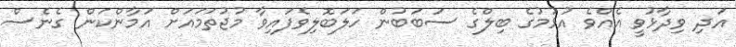
އަދި ވިދާޅުވީ އެއްވެ އުޅުމުގެ ބިލްގެ ސަބަބުން ހަލަބޮލިވެފައިވާ މުޖުތަމައަށް އަމާންކަން ގެނެސް